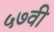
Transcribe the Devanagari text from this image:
५७वी